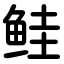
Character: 鲑